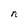
Character: n